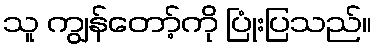
သူ ကျွန်တော့်ကို ပြုံးပြသည်။